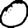
Digit: 0